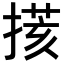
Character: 𢲧